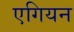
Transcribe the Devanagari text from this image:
एगियन